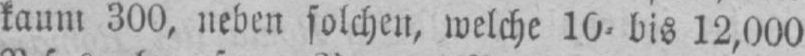
kaum 300, neben solchen, welche 10⸗ bis 12,000